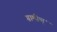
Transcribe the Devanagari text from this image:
ग्रामीण्